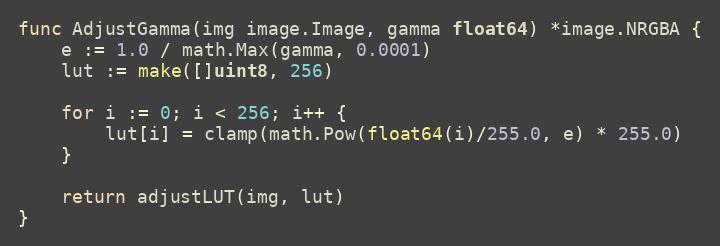
Language: Go
func AdjustGamma(img image.Image, gamma float64) *image.NRGBA {
	e := 1.0 / math.Max(gamma, 0.0001)
	lut := make([]uint8, 256)

	for i := 0; i < 256; i++ {
		lut[i] = clamp(math.Pow(float64(i)/255.0, e) * 255.0)
	}

	return adjustLUT(img, lut)
}